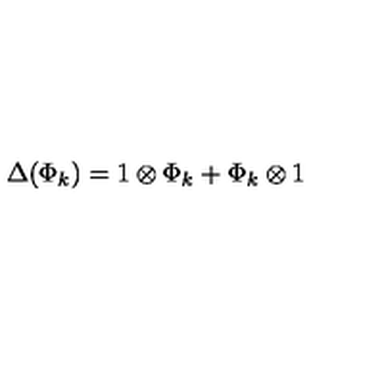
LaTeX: \Delta ( \Phi _ { k } ) = 1 \otimes \Phi _ { k } + \Phi _ { k } \otimes 1